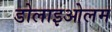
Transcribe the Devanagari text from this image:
डोलाइओलम